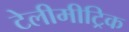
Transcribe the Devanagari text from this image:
टेलीमीट्रिक